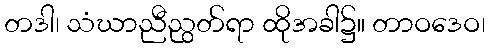
တဒါ၊ သံဃာညီညွတ်ရာ ထိုအခါ၌။ တာဝဒေဝ၊